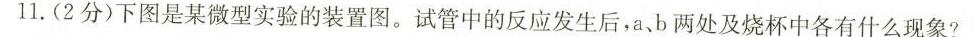
11.(2分)下图是某微型实验的装置图。试管中的反应发生后，a、b两处及烧杯中各有什么现象?